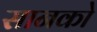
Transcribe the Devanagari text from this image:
सानको